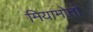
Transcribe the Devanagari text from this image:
मियामोतो